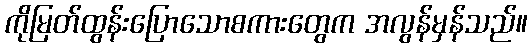
ကိုမြတ်ထွန်းပြောသောစကားတွေက အလွန်မှန်သည်။